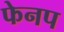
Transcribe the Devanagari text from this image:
फेनप